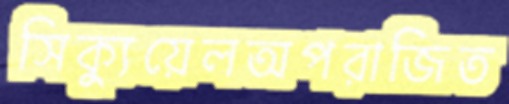
সিক্যুয়েলঅপরাজিত